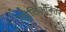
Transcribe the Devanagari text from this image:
पोलिओनंतर